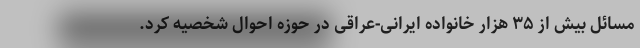
مسائل بیش از ۳۵ هزار خانواده ایرانی-عراقی در حوزه احوال شخصیه کرد.